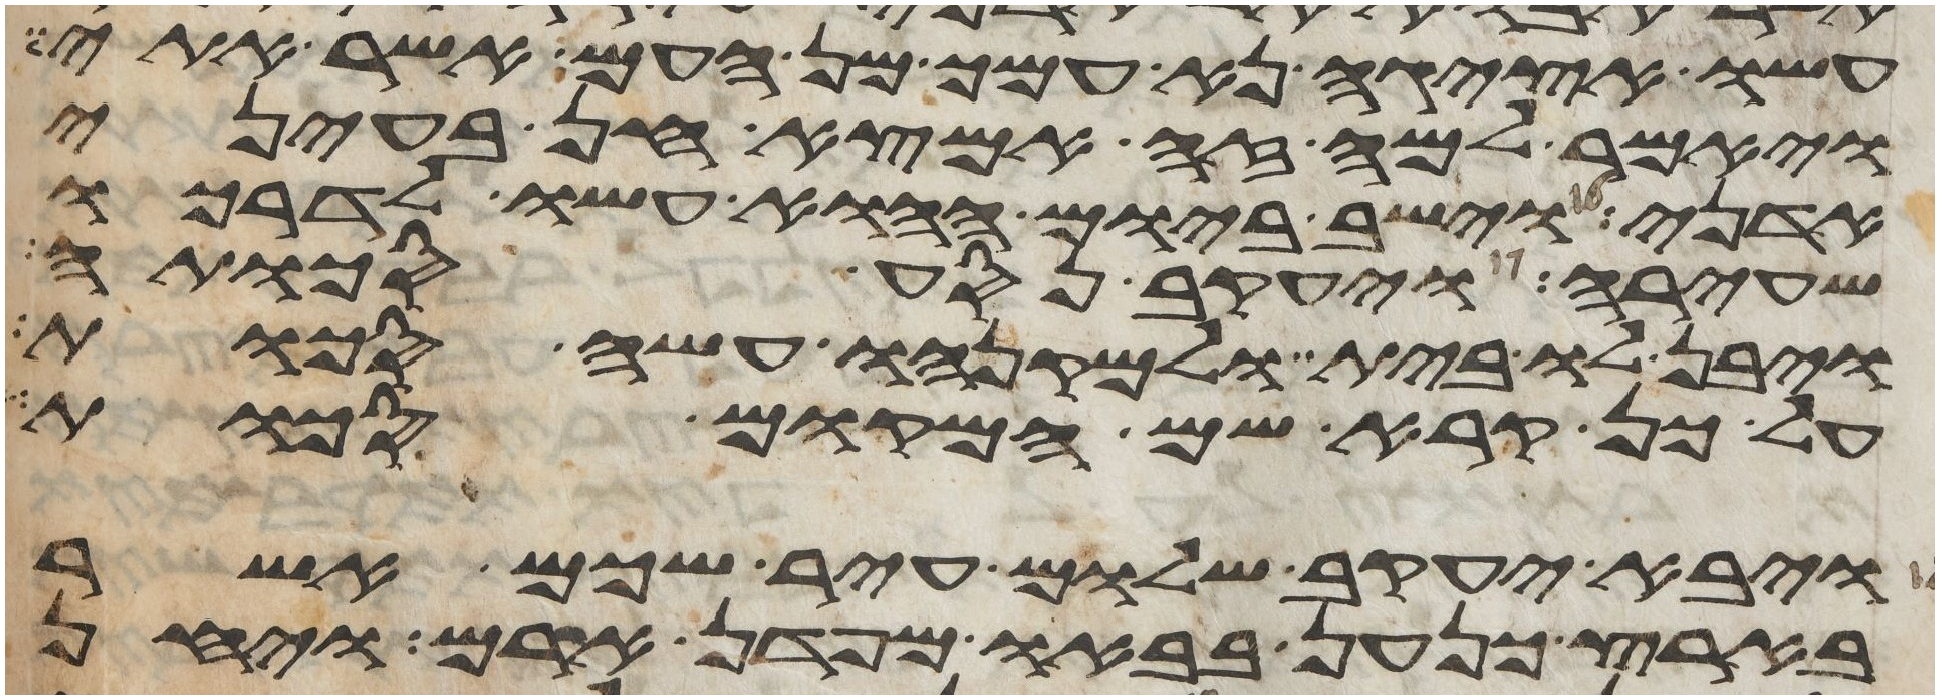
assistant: עשו אציגה נא עמך מן העם אשר אתי
ויאמר למה זה אמצא חן בעיני
אדני וישב ביום ההוא עשו לדרכו
שעירה ויעקב נסע סכותה
ויבן לו בית ולמקנהו עשה סכות
על כן קרא שם המקום סכות
ויבא יעקב שלום עיר שכם אשר
בארץ כנען בבאו מפדן ארם ויחן